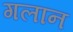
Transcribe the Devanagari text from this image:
गलान